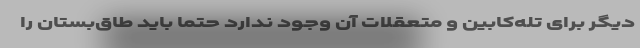
دیگر برای تله‌کابین و متعقلات آن وجود ندارد حتما باید طاق‌بستان را